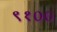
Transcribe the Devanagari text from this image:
९१००